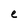
Character: e